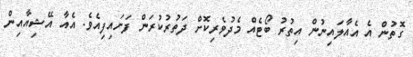
ގޮތުން އެ އެއާލައިނުން އިތުރު ބޯޓެއް މެދުވެރިކޮށް ދަތުރުކުރަން ފަށައިފިއެވެ. އެއާ އޭޝިއާއިން